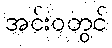
အင်းဝတွင်